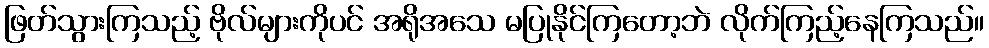
ဖြတ်သွားကြသည့် ဗိုလ်များကိုပင် အရိုအသေ မပြုနိုင်ကြတော့ဘဲ လိုက်ကြည့်နေကြသည်။